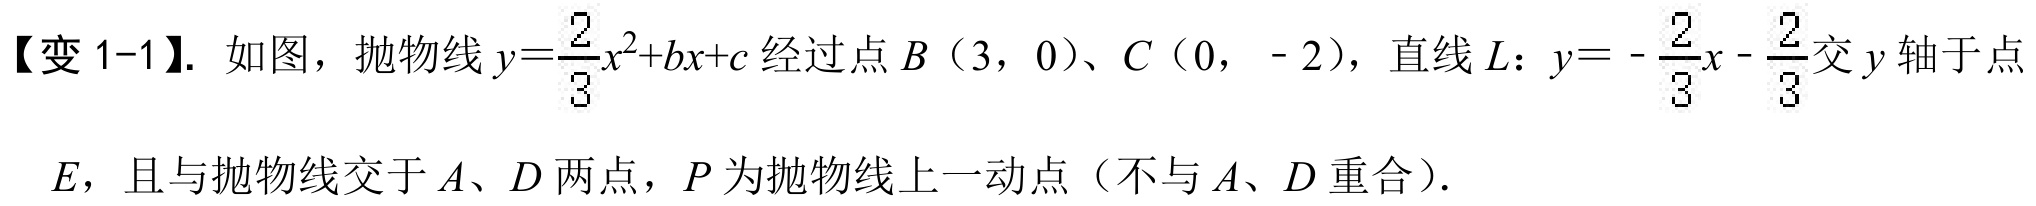
【变1-1】. 如图，抛物线\(y = \frac{2}{3}x^{2}+bx + c\)经过点\(B\)（3，0）、\(C\)（0， - 2），直线\(L\)：\(y = -\frac{2}{3}x-\frac{2}{3}\)交\(y\)轴于点\(E\)，且与抛物线交于\(A\)、\(D\)两点，\(P\)为抛物线上一动点（不与\(A\)、\(D\)重合）.